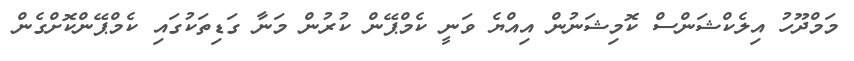
މަމްދޫހު އިލެކްޝަންސް ކޮމިޝަނުން އިއްޔެ ވަނީ ކެމްޕޭން ކުރުން މަނާ ގަޑިތަކުގައި ކެމްޕޭންކޮށްގެން